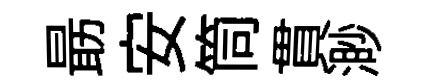
朂安筒貫渺